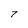
Character: 7